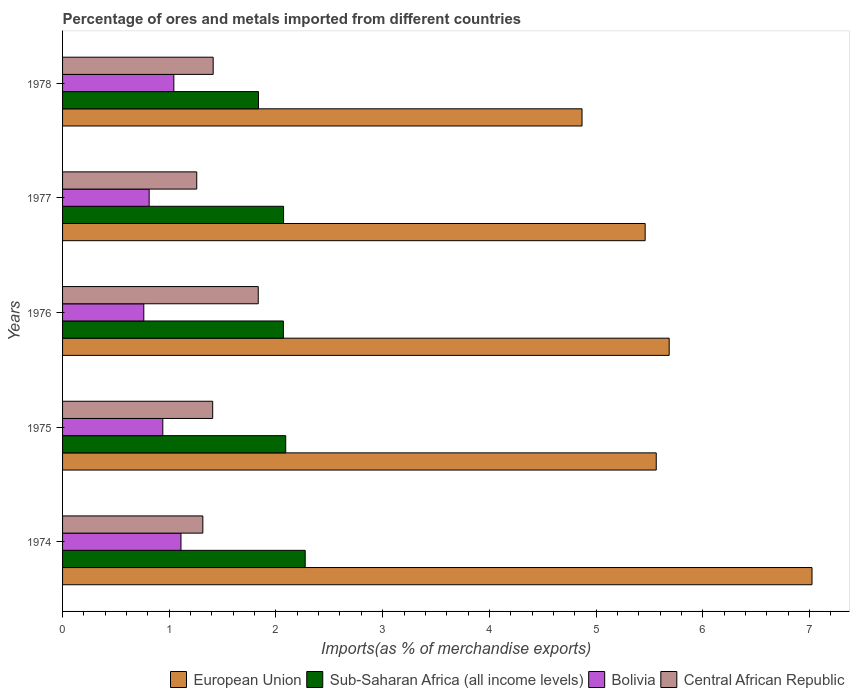
| Years | European Union | Sub-Saharan Africa (all income levels) | Bolivia | Central African Republic |
 | --- | --- | --- | --- | --- |
 | 1974 | 7.02 | 2.27 | 1.11 | 1.31 |
 | 1975 | 5.56 | 2.09 | 0.939 | 1.41 |
 | 1976 | 5.69 | 2.07 | 0.761 | 1.83 |
 | 1977 | 5.46 | 2.07 | 0.811 | 1.26 |
 | 1978 | 4.87 | 1.84 | 1.04 | 1.41 |